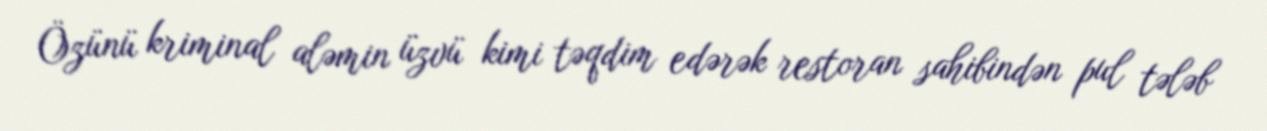
Özünü kriminal aləmin üzvü kimi təqdim edərək restoran sahibindən pul tələb